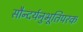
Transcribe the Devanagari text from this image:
सौन्दर्यनुभूतिपरक